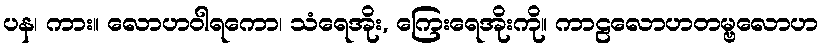
ပန၊ ကား။ လောဟဝါရကော၊ သံရေအိုး, ကြေးရေအိုးကို။ ကာဠလောဟတမ္ဗလောဟ